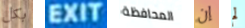
بكل EXIT المحافظة إن لم